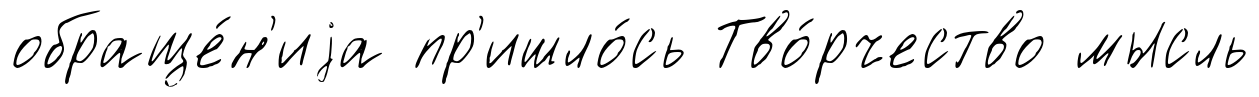
обраще́н'иjа пр'ишло́сь Тво́рчество мысль